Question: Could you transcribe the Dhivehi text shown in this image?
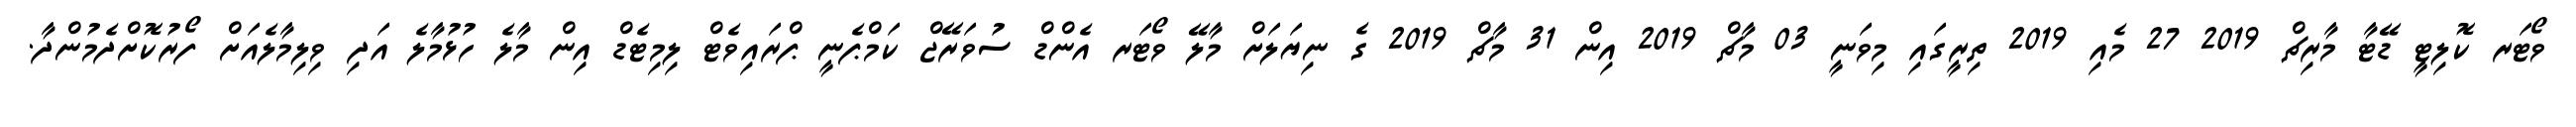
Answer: ވޯޓަރ ކޮލިޓީ ޑޭޓާ މާރިޗް 2019 27 މެއި 2019 ތިރީގައި މިވަނީ 03 މާޗް 2019 އިން 31 މާޗް 2019 ގެ ނިޔަލަށް މާލޭ ވޯޓަރ އެންޑް ސުވަރޭޖް ކަމްޕެނީ ޕްރައިވެޓް ލިމިޓެޑް އިން މާލެ ހުޅުމާލެ އަދި ވިލިމާލެއަށް ފޯރުކޮށްދެމުންދާ.